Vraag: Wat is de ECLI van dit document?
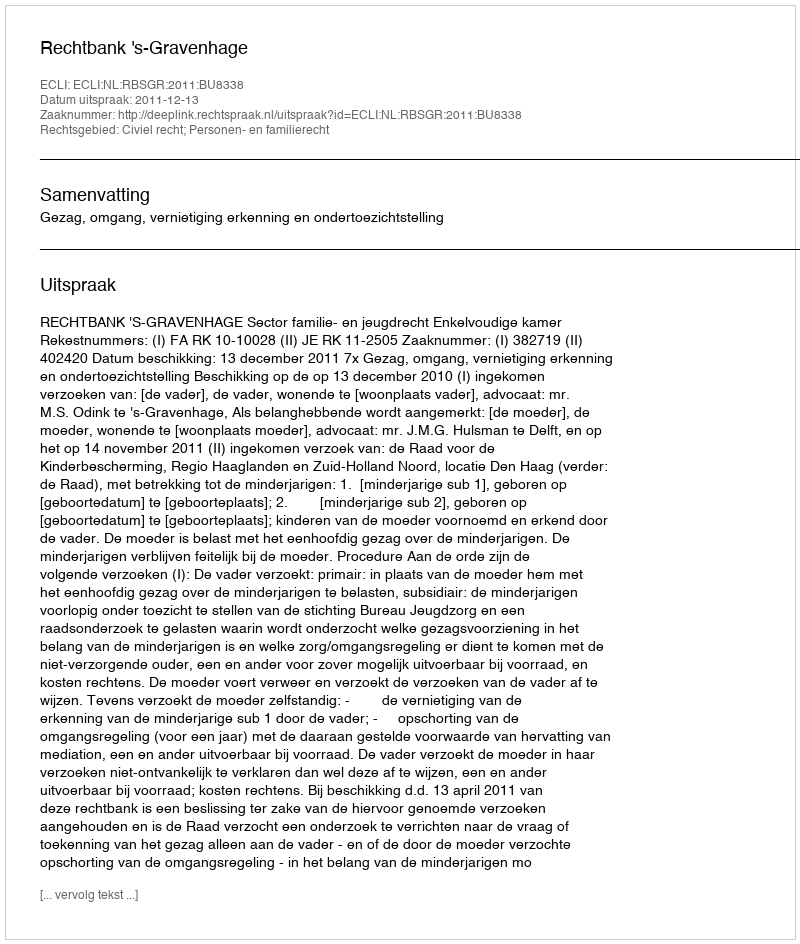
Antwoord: ECLI:NL:RBSGR:2011:BU8338